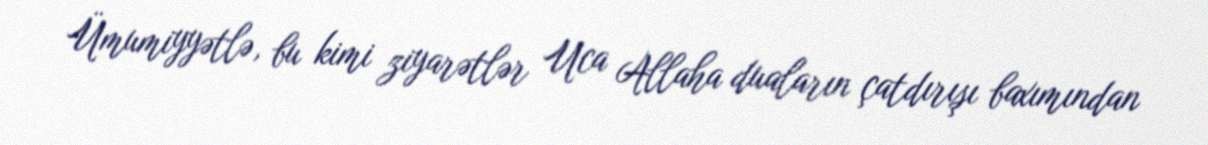
Ümumiyyətlə, bu kimi ziyarətlər Uca Allaha duaların çatdırışı baxımından